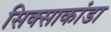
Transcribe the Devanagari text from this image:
सिक्साकांडा